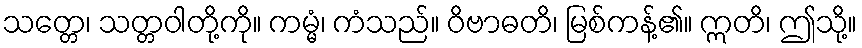
သတ္တေ၊ သတ္တဝါတို့ကို။ ကမ္မံ၊ ကံသည်။ ဝိဗာဓတိ၊ မြစ်ကန့်၏။ ဣတိ၊ ဤသို့။